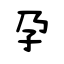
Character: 孕